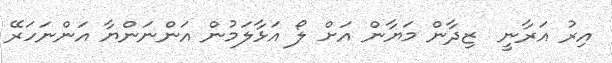
އިރު އަރާނީ  ޒިދާން މަޔާން އަށް ލޯ އަޅާލަމުން އަންނަންޔާ އަންނަހަރޭ